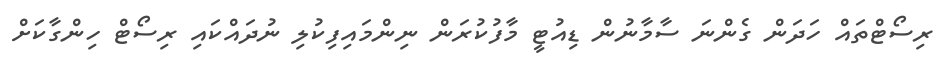
ރިސޯޓްތައް ހަދަން ގެންނަ ސާމާނުން ޑިއުޓީ މާފުކުރަން ނިންމައިފިކުލި ނުދައްކައި ރިސޯޓް ހިންގާކަށް